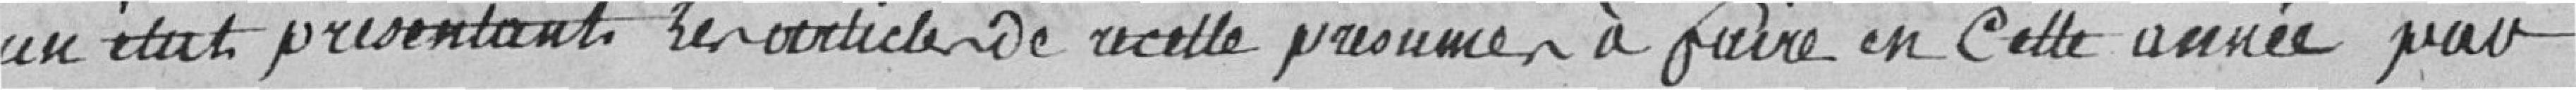
un état présentant les articles de recettes présumées à faire en cette année par